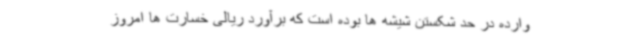
وارده در حد شکستن شیشه ها بوده است که برآورد ریالی خسارت ها امروز